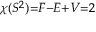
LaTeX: \scriptstyle \chi ( S ^ { 2 } ) = F - E + V = 2